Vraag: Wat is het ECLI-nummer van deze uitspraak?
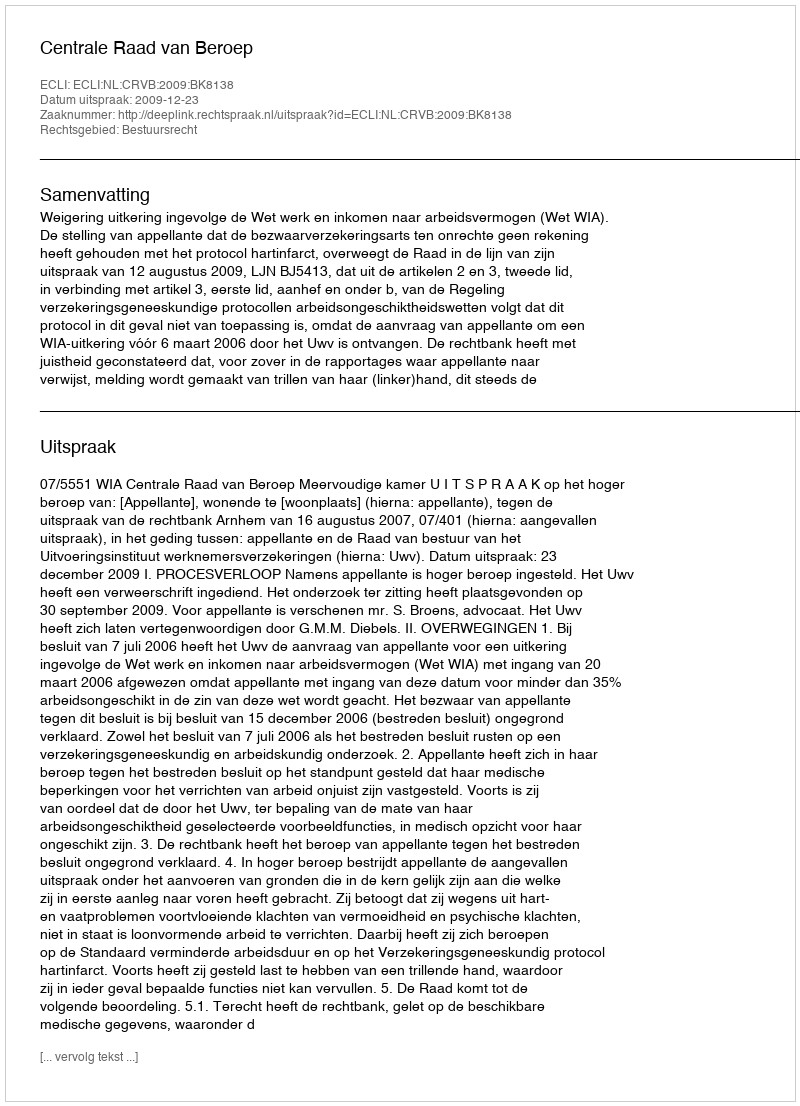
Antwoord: ECLI:NL:CRVB:2009:BK8138